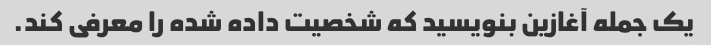
یک جمله آغازین بنویسید که شخصیت داده شده را معرفی کند.